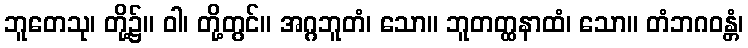
ဘူတေသု၊ တို့၌။ ဝါ၊ တို့တွင်။ အဂ္ဂဘူတံ၊ သော။ ဘူတတ္ထနာထံ၊ သော။ တံဘဂဝန္တံ၊